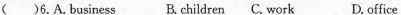
( )6.A.business B.children C. work D. office